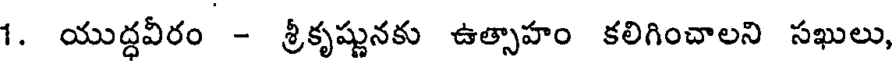
1. యుద్ధవీరం - శ్రీకృష్ణునకు ఉత్సాహం కలిగించాలని సఖులు,